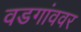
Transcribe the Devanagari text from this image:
वडगांववर